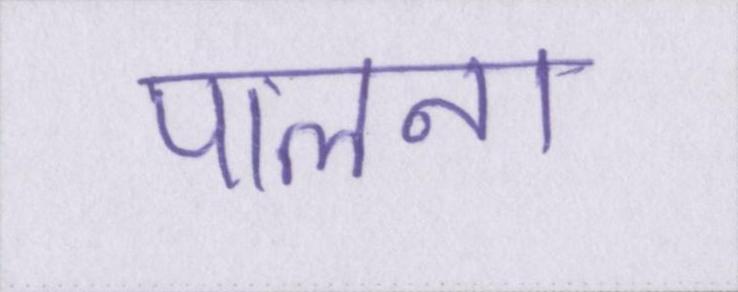
पालना